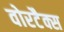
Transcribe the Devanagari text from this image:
वोरटैक्स